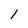
Character: 1